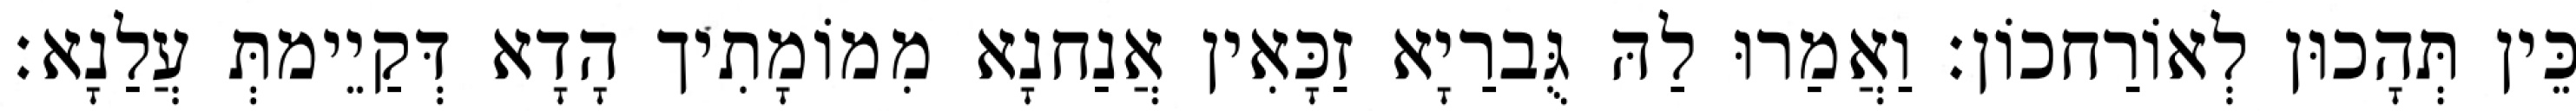
כֵּין תְּהָכוּן לְאוֹרַחכוֹן׃ וַאֲמַרוּ לַהּ גֻּברַיָא זַכָּאִין אֲנַחנָא מִמוֹמָתִיך הָדָא דְּקַיֵימתְּ עֲלַנָא׃